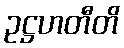
ဥဋ္ဌဟတီတိ